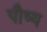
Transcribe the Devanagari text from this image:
पौष्य